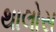
થાલોસ